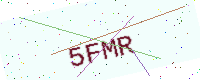
Text: 5FMR